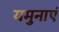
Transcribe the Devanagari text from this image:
यमुनाएं